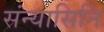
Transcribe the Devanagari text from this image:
संन्यासिनि